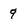
Character: 9